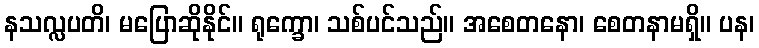
နသလ္လပတိ၊ မပြောဆိုနိုင်။ ရုက္ခော၊ သစ်ပင်သည်။ အစေတနော၊ စေတနာမရှိ။ ပန၊